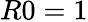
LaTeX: R0=1